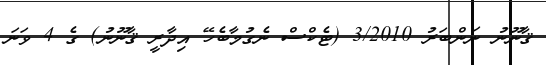
ޤާނޫނު ނަންބަރު 3/2010 (ޓެކްސް ނެގުމާބެހޭ އިދާރީ ޤާނޫނު) ގެ 4 ވަނަ